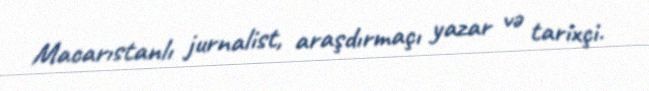
Macarıstanlı jurnalist, araşdırmaçı yazar və tarixçi.